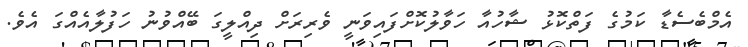
އެމްބެސެޑާ ކަމުގެ ފަތްކޮޅު ޝާހުއާ ހަވާލުކޮށްފައިވަނީ ވެރިރަށް ދިއްލީގަ ބޭއްވުނު ހަފުލާއެއްގަ އެވެ.